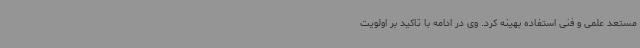
مستعد علمی و فنی استفاده بهینه کرد. وی در ادامه با تاکید بر اولویت